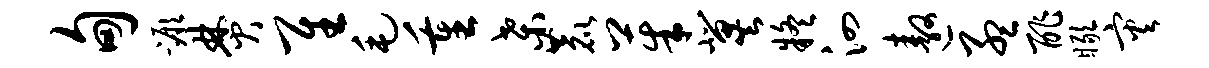
甸蹶焚隹毛重桑鹿茱冀疑泗遨孟酢瞰灾